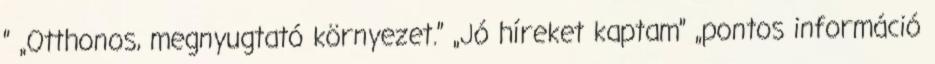
” „Otthonos, megnyugtató környezet.” „Jó híreket kaptam” „pontos információ